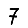
Digit: 7